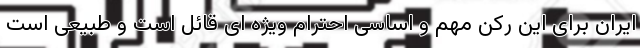
ایران برای این رکن مهم و اساسی احترام ویژه ای قائل است و طبیعی است